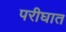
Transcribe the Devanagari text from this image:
परीघात